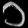
Digit: ၁